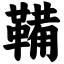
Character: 鞴